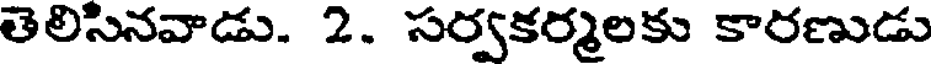
తెలిసినవాడు. 2. సర్వకర్మలకు కారణుడు